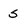
Character: s